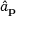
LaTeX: { \hat { a } } _ { \mathbf { p } }